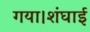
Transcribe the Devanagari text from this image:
गया।शंघाई